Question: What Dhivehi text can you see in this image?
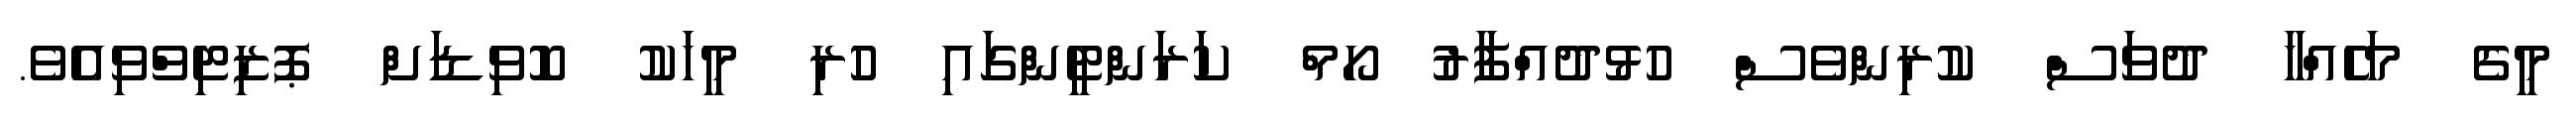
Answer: މީގެ މަހެއްހާ ދުވަސް ކުރިންވެސް ހުޅުދުއްފާރު ހޯމް ކަރަންޓީންގައި ހުރި މީހަކު ކޮވިޑަށް ޕޮޒިޓިވްވިއެވެ.